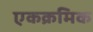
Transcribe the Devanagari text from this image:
एकक्रमिक